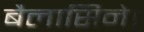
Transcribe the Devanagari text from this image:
बैलासिने।